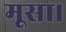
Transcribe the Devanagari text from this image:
मूसा।